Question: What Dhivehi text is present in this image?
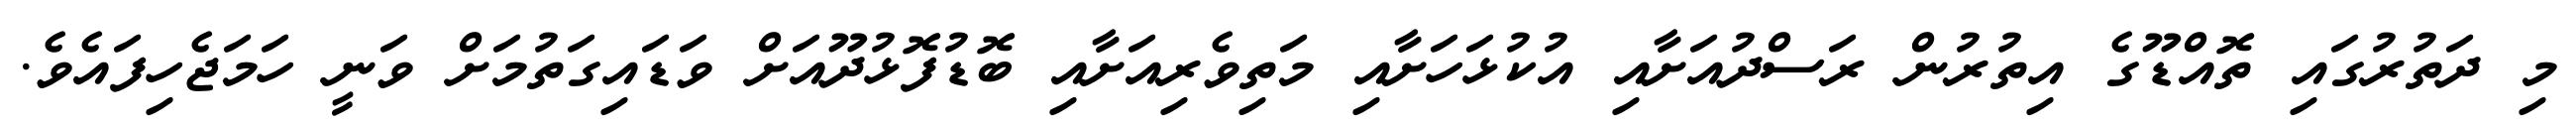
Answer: މި ދަތުރުގައި ތޮއްޑޫގެ އިތުރުން ރަސްދުއަށާއި އުކުޅަހަށާއި މަތިވެރިއަށާއި ބޮޑުފޮޅުދޫއަށް ވަޑައިގަތުމަށް ވަނީ ހަމަޖެހިފައެވެ.